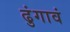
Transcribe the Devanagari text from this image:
ढुंगावं